Civil Veterinary Dept. North-West Frontier Province 1901-22 - 1901-1922
Year: 1901
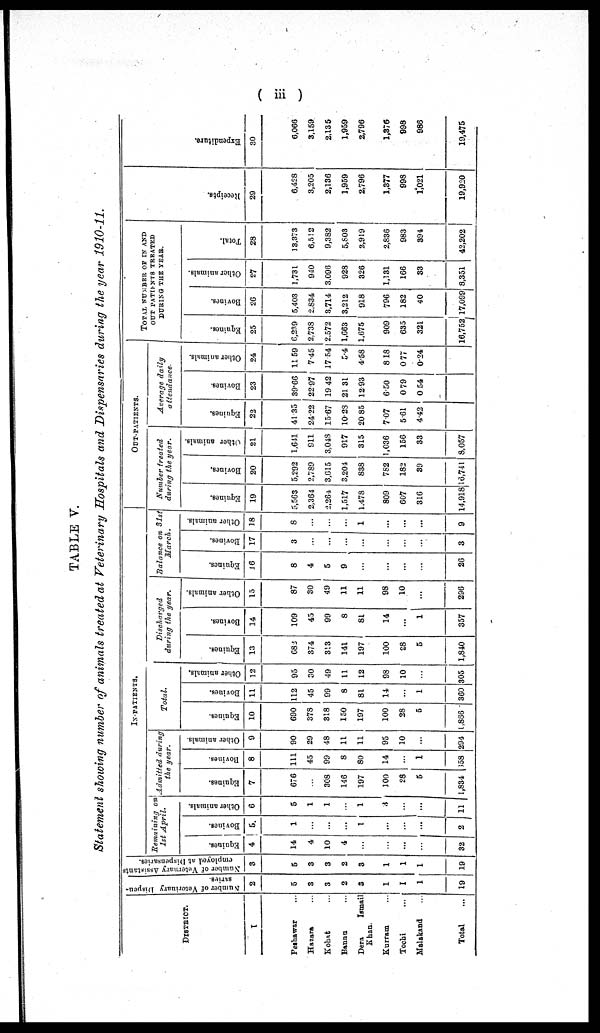
(iii)
TABLE V.
Statement showing number of animals treated at Veterinary Hospitals and Dispensaries during the year 1910-11.
DISTRICT.
1
Peshawar ...
Hazara ...
Kohat ...
Bannu ...
Dera
Ismail
Khan.
Kurram ...
Tochi ...
Malakand ...
Total ...
Number
of Vetorinury Dispen-
saris.
2
5
3
3
2
3
1
1
1
19
Number of Veternary Assistants
employed at Dispensaries.
3
5
3
3
2
3
1
1
1
19
IN-PATIENTS.
Remaining on
1st April.
Equines.
4
14
4
10
4
...
...
...
32
Bovines.
5
1
...
...
...
1
...
...
...
2
Other animals.
6
5
1
1
...
1
3
...
...
11
Admitted during
the year.
Equines.
7
676
...
308
146
197
100
28
5
1,834
Bovines.
8
111
45
99
8
80
14
...
1
658
Other animals.
9
90
29
48
11
11
95
10
...
294
Total.
Equines.
10
690
378
318
150
197
100
28
5
1,866
Bovines.
11
112
45
99
8
81
14
...
1
360
Other animals.
12
95
30
49
11
12
98
10
...
305
Discharged
during the gear.
Equines.
13
682
374
313
141
197
100
28
5
1,840
Bovines.
14
109
45
99
8
81
14
...
1
357
Other animals.
15
87
30
49
11
11
98
10
...
296
Balance on 31s
March.
Equines.
16
8
4
5
9
...
...
...
...
26
Bovines.
17
3
...
...
...
...
...
...
...
3
Other animals.
18
8
...
...
...
1
...
...
...
9
OUT-PATIENTS.
Number treated
during the year.
Equines.
19
5,563
2,364
2,264
1,517
1,478
809
607
316
14,918
Bovines.
20
5,292
2,789
3,615
3,204
838
752
182
39
16,741
Other animals.
21
1,641
911
3,048
917
315
1,036
156
33
8,057
Average daily
attendance
Equines.
22
41.35
24 22
15.67
10.28
20 85
7.07
5.61
4.42
Bovines.
23
39.66
22.97
19.42
21.31
12.93
6.50
0 .79
0. 54
Other animals.
24
11.59
7.45
17. 54
5.4
4.58
.
8 18
0.77
0.24
TOTAL NUMBER OF IN AND
OUT PATENTS TREATED
DURING THE YEAR.
Equines.
25
6,239
2,738
2,572
1,663
1,675
909
635
321
16,752
Bovines.
26
5,403
2.834
3,714
3,212
918
796
182
40
17,099
Other animals.
27
1,731
910
3.096
928
326
1,131
166
33
8,351
Total.
28
13,373
6,512
9,382
5,803
2,919
2,836
983
394
42,202
Receipts.
29
6,428
3,205
2,136
1,959
2,796
1,377
998
1,021
19,920
Expendi t
ur e.
30
6,066
3,159
2,135
1,959
2,796
1,376
998
986
19,475